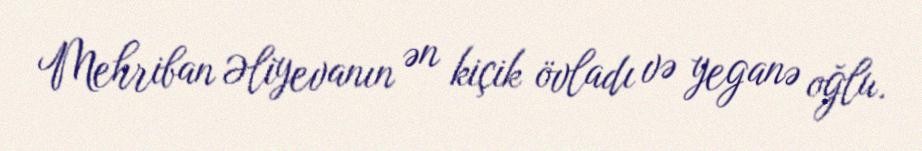
Mehriban Əliyevanın ən kiçik övladı və yeganə oğlu.